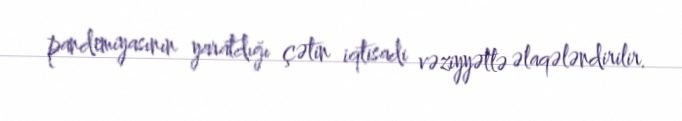
pandemiyasının yaratdığı çətin iqtisadi vəziyyətlə əlaqələndirilir.